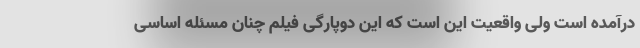
درآمده است ولی واقعیت این است که این دوپارگی فیلم چنان مسئله اساسی